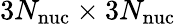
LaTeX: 3N_{\mathrm{nuc}}\times 3N_{\mathrm{nuc}}